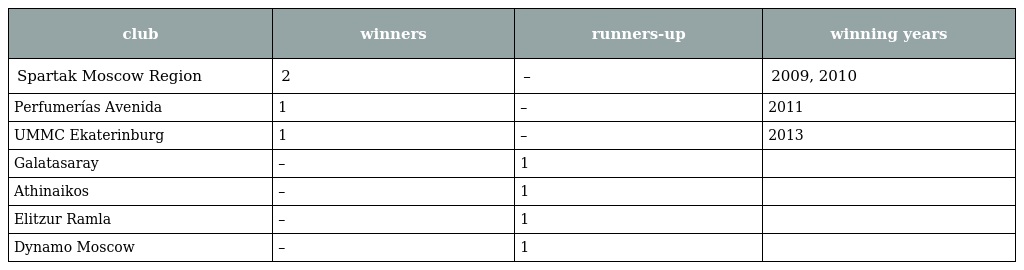
| club | winners | runners-up | winning years |
 | --- | --- | --- | --- |
 | Spartak Moscow Region | 2 | – | 2009, 2010 |
 | Perfumerías Avenida | 1 | – | 2011 |
 | UMMC Ekaterinburg | 1 | – | 2013 |
 | Galatasaray | – | 1 |  |
 | Athinaikos | – | 1 |  |
 | Elitzur Ramla | – | 1 |  |
 | Dynamo Moscow | – | 1 |  |